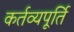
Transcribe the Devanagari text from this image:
कर्तव्यपूर्ति